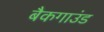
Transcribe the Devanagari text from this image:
बैकगाउंड